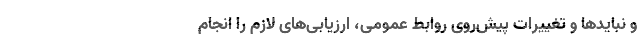
و نبایدها و تغییرات پیش‌روی روابط عمومی، ارزیابی‌های لازم را انجام